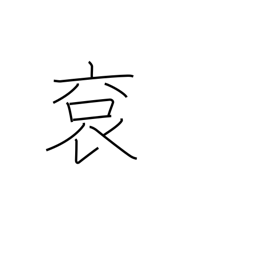
Meaning: imperial robes